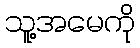
သူ့အမေကို